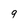
Character: 9